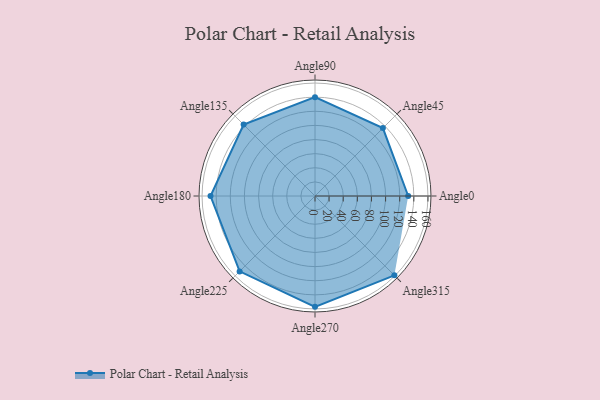
{"axis": {"x": "Angle", "y": "Radius"}, "legend": [""], "data": [{"x": "Angle0", "y": 132.0, "type": ""}, {"x": "Angle45", "y": 136.0, "type": ""}, {"x": "Angle90", "y": 140.0, "type": ""}, {"x": "Angle135", "y": 143.0, "type": ""}, {"x": "Angle180", "y": 148.0, "type": ""}, {"x": "Angle225", "y": 151.0, "type": ""}, {"x": "Angle270", "y": 157.0, "type": ""}, {"x": "Angle315", "y": 159.0, "type": ""}]}